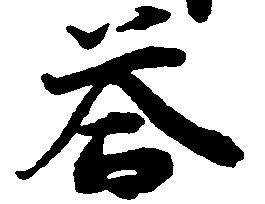
答